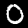
Digit: 0